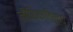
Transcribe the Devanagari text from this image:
लौकिकाविरूद्ध